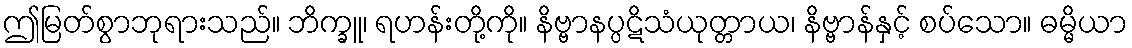
ဤမြတ်စွာဘုရားသည်။ ဘိက္ခူ၊ ရဟန်းတို့ကို။ နိဗ္ဗာနပ္ပဋိသံယုတ္တာယ၊ နိဗ္ဗာန်နှင့် စပ်သော။ ဓမ္မိယာ